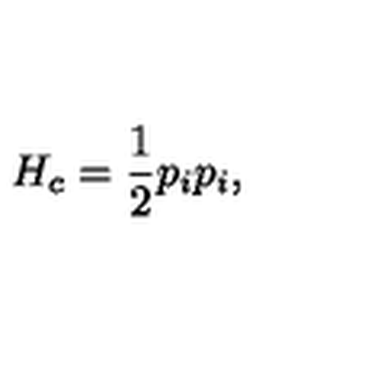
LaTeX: H _ { c } = { \frac { 1 } { 2 } } p _ { i } p _ { i } ,